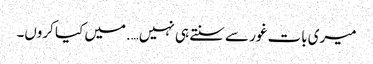
میری بات غور سے سنتے ہی نہیں….میں کیا کروں۔